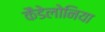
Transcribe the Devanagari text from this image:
कैडेलोनिया